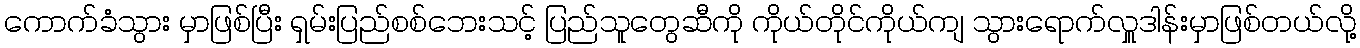
ကောက်ခံသွား မှာဖြစ်ပြီး ရှမ်းပြည်စစ်ဘေးသင့် ပြည်သူတွေဆီကို ကိုယ်တိုင်ကိုယ်ကျ သွားရောက်လှူဒါန်းမှာဖြစ်တယ်လို့